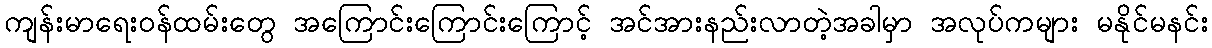
ကျန်းမာရေးဝန်ထမ်းတွေ အကြောင်းကြောင်းကြောင့် အင်အားနည်းလာတဲ့အခါမှာ အလုပ်ကများ မနိုင်မနင်း